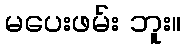
မပေးဖမ်း ဘူး။